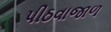
પીઠવાજાળ